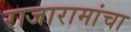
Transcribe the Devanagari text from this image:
राजारामांचा